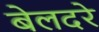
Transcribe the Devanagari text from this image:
बेलदरे